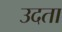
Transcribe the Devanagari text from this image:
उदता